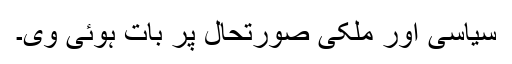
سیاسی اور ملکی صورتحال پر بات ہوئی وی۔